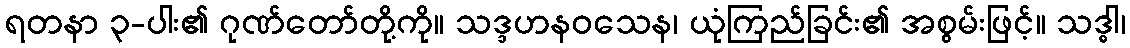
ရတနာ ၃-ပါး၏ ဂုဏ်တော်တို့ကို။ သဒ္ဒဟနဝသေန၊ ယုံကြည်ခြင်း၏ အစွမ်းဖြင့်။ သဒ္ဓါ၊